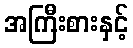
အကြီးစားနှင့်